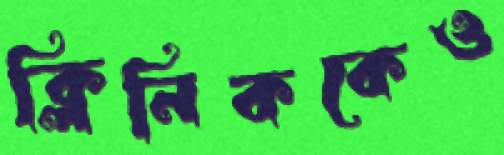
ক্লিনিককেও